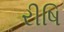
રીષિ